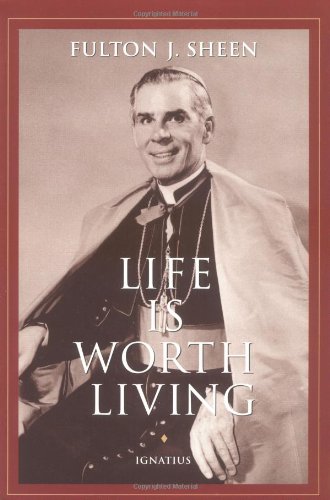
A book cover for Life is Worth Living; Fulton J. Sheen; Science Fiction & Fantasy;